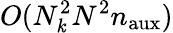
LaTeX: O(N_{\mathit{k}}^{2}N^{2}n_{\mathrm{{aux}}})